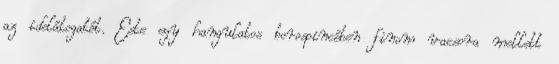
az idelátogatót. Este egy hangulatos borospincében finom vacsora mellett